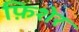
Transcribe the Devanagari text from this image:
फ़िशेर